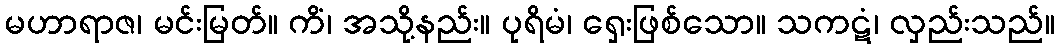
မဟာရာဇ၊ မင်းမြတ်။ ကိံ၊ အသို့နည်း။ ပုရိမံ၊ ရှေးဖြစ်သော။ သကဋံ၊ လှည်းသည်။